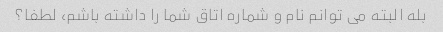
بله البته می توانم نام و شماره اتاق شما را داشته باشم، لطفا؟